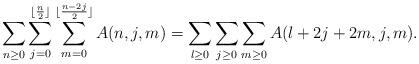
LaTeX: \begin{align*}\sum_{n\geq 0}\sum_{j= 0}^{\lfloor {n\over 2}\rfloor}\sum_{m= 0}^{\lfloor {n-2j\over 2}\rfloor} A(n,j,m)=\sum_{l\geq 0}\sum_{j\geq 0}\sum_{m\geq 0}A(l+2j+2m,j,m).\end{align*}